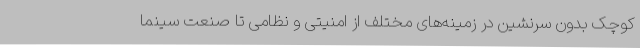
کوچک بدون سرنشین در زمینه‌های مختلف از امنیتی و نظامی تا صنعت سینما